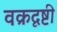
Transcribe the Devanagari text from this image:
वक्रदृष्टी